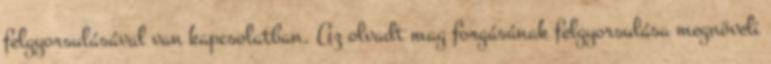
felgyorsulásával van kapcsolatban. Az olvadt mag forgásának felgyorsulása megnöveli